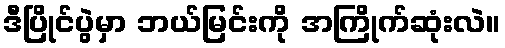
ဒီပြိုင်ပွဲမှာ ဘယ်မြင်းကို အကြိုက်ဆုံးလဲ။